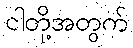
ငါတို့အတွက်